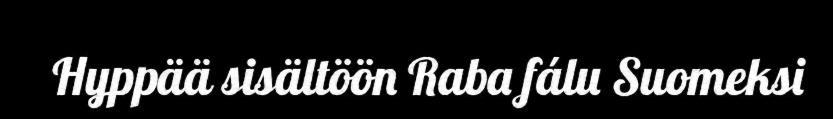
Hyppää sisältöön Raba fálu Suomeksi